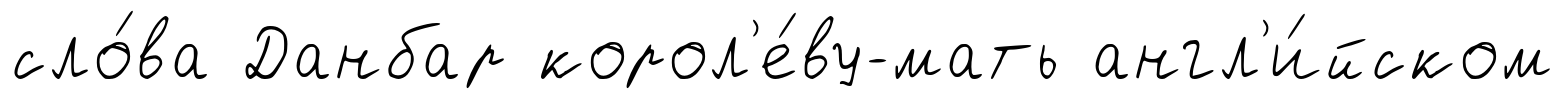
сло́ва Данбар корол'е́ву-мать англ'и́йском